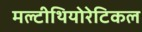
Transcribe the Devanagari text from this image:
मल्टीथियोरेटिकल